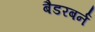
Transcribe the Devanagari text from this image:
बैडरबर्न